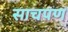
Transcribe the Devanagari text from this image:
साचपण